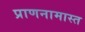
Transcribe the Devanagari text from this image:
प्राणनामास्त